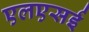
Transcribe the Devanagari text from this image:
एलएसई